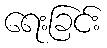
ရေးခြင်း